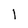
Character: I